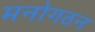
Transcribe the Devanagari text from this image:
मनोगठन